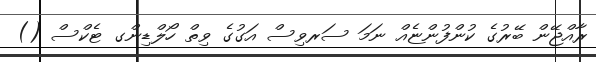
ރާއްޖޭން ބޭރުގެ ކުންފުންޏެއް ނަމަ ސަރވިސް އަގުގެ ވިތް ހޯލްޑިންގ ޓެކްސް ()